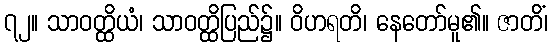
၇၂။ သာဝတ္ထိယံ၊ သာဝတ္ထိပြည်၌။ ဝိဟရတိ၊ နေတော်မူ၏။ ဇာတိံ၊